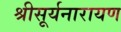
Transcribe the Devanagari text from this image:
श्रीसूर्यनारायण